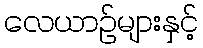
လေယာဉ်များနှင့်